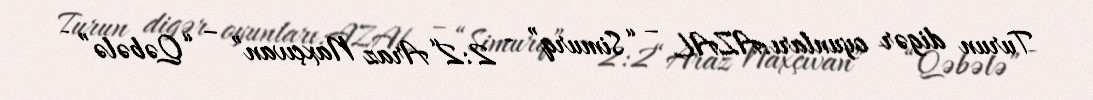
Turun digər oyunları:AZAL – “Simurq” - 2:2“Araz Naxçıvan” – “Qəbələ” -